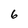
Character: 6